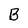
Character: B